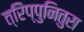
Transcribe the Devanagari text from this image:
त्रिप्पुनितुरा